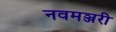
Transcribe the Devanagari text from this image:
नवमञ्जरी